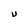
Character: U